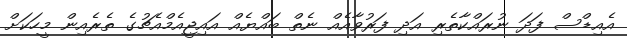
އެއިޑްސް ފަދަ ނުރައްކާތެރި އަދި ފަރުވާއެއް ނެތް ބައްޔެއް އައިޖީއެމްއެޗުގެ ތެރެއިން މީހަކަށް